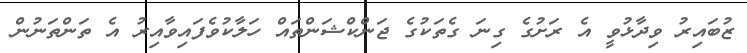
ޒުބައިރު ވިދާޅުވީ އެ ރަށުގެ ގިނަ ގެތަކުގެ ޖަންކްޝަންތައް ހަލާކުވެފައިވާއިރު އެ ތަންތަނުން